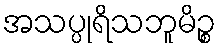
အသပ္ပုရိသဘူမိဉ္စ